Vabadussoja_Ajaloo_Komitee, lk 16
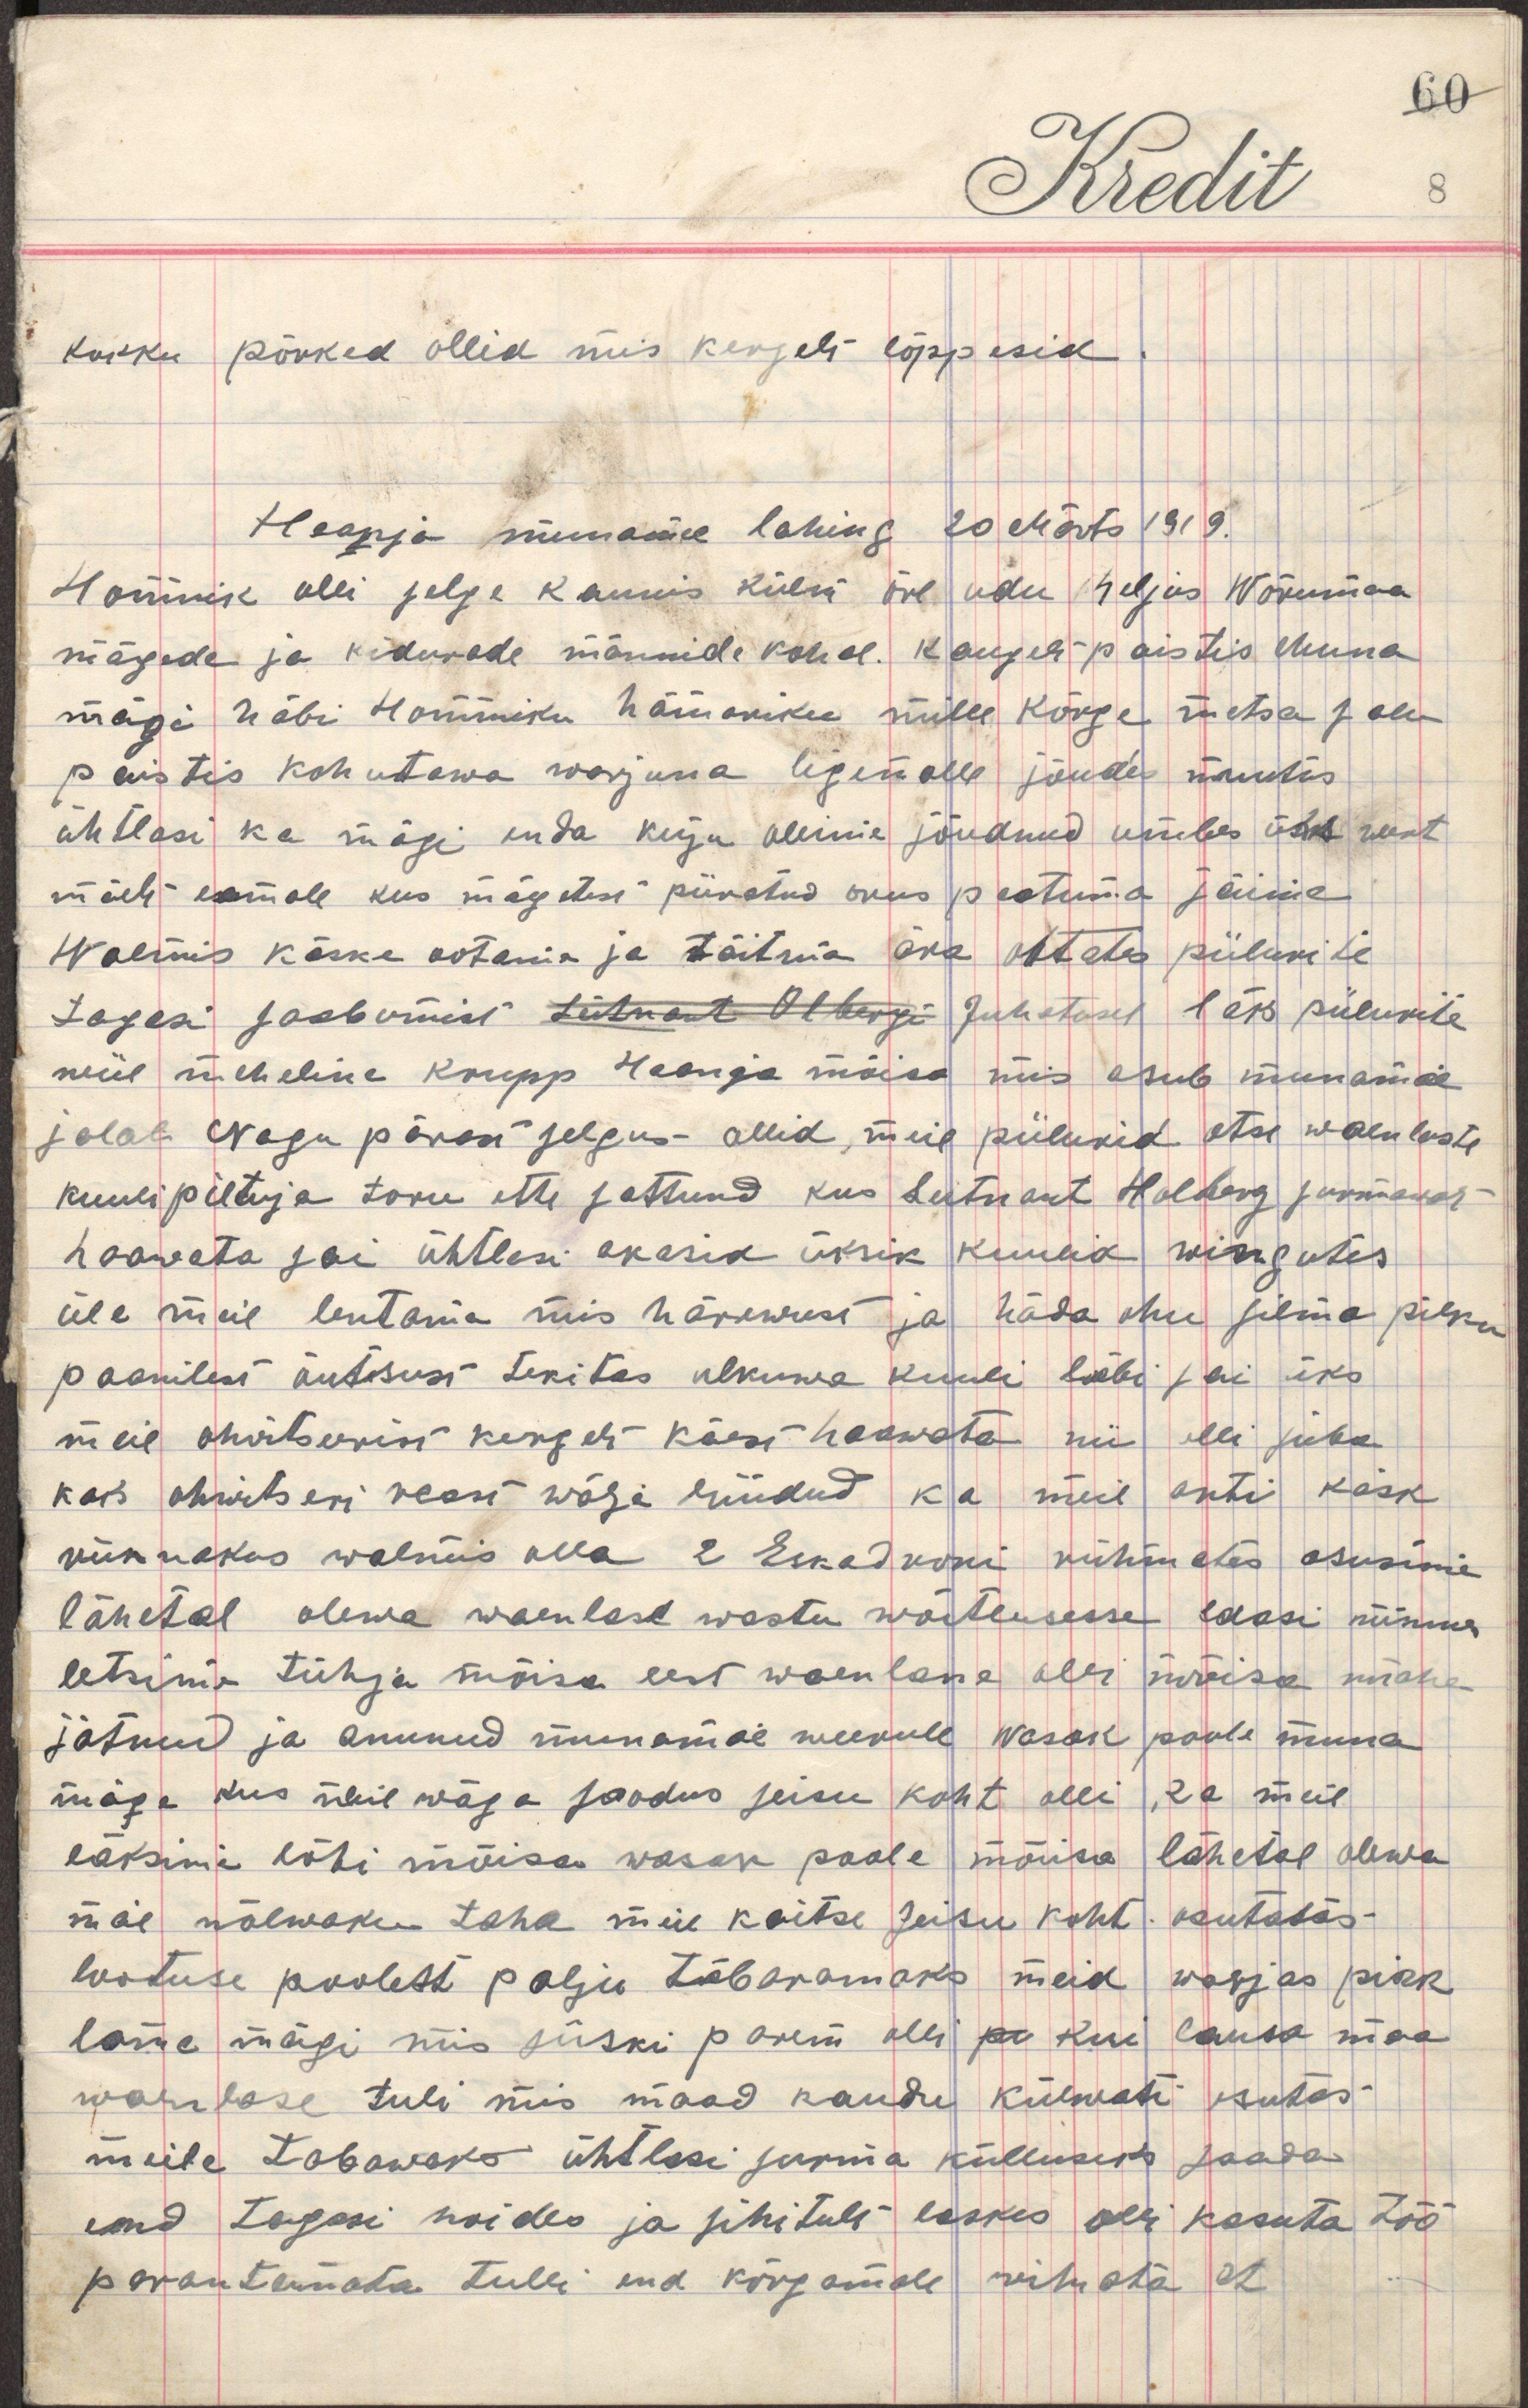
kokku põrked ollid mis kergelt lõppesid
Haanja munamäe lahing 20 Märts 1919 
Hommik ollli selge kaunis külm ööl udu heljus Wõrumaa
mägede ja kiduvade mändide vahel. Kaugelt paistis Muna    
mägi läbi Hommiku hämariku mille kõrge metsa salu   
paistis kohutawa warjuna ligimalle jõudes muutis  
ühtlasi ka mägi enda kuju ollime jõudnud umbes üks werst  
mäelt eemale kus mägetest piiratud orus peatuma jäime 
Walmis käske ootama ja täitma ära ühteks piilurite   
tagasi saabumist leitnant Olbergi juhatusel läks piilukite
wiie meheline krupp Haanja mõisa mis asub munamäe 
jalal. Nagu pärast selgus ollid meie piilukid otse walusaste
kuulipiltuja toru ette sattund kus Leitnant Holberg surmawalt 
haawata sai ühtlasi akasid üksik kuulid wingutes
üle meie lentama mis härewust ja häda ohu silma pilku
paanilist õutsust tekitas ulkuwa kuuli läbi sai üks 
meie ohwitsertst kergelt käest haawata nii olli juba  
kaks ohwitseri reast wälja wiidud ka meil anti käsk    
rünnakus walmis olla 2 Eskadroni rühm etes asusime 
lähetal olewa waenlase wastu wõitlusesse edasi minema  
letsime tühja mõisa eest wanelane olli mõisa maha
jätnud ja asunud munamäe weerule wasak poole muna  
mäge kus ühil wäga soodus seisu koht olli, ka meie
läksime läbi mõisa waks poole mõisa lähetal olewa  
mäe nõlwaku taha meie kaitse seisu koht kasutades 
lootuse poolest palju täbaramaks meid warjas pikk  
lame mägi mis siiski parem olli pa kui lausa maa
waenlase tuli mis maad kaudu külwati kutas
meile tabawaks ühtlasi surma küllusest saada  
end tagasi hoides ja sihitult laskes olli kasuta töö     
parantamata tulli end kõrgemale rihata et